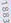
1883